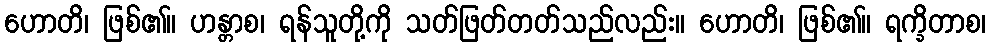
ဟောတိ၊ ဖြစ်၏။ ဟန္တာစ၊ ရန်သူတို့ကို သတ်ဖြတ်တတ်သည်လည်း။ ဟောတိ၊ ဖြစ်၏။ ရက္ခိတာစ၊